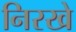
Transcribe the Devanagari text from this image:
निरखे